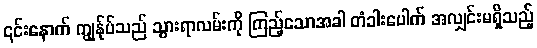
၎င်းနောက် ကျွန်ုပ်သည် သွားရာလမ်းကို ကြည့်သောအခါ တံခါးပေါက် အလျှင်းမရှိသည့်